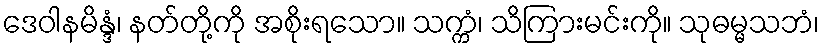
ဒေဝါနမိန္ဒံ၊ နတ်တို့ကို အစိုးရသော။ သက္ကံ၊ သိကြားမင်းကို။ သုဓမ္မသဘံ၊